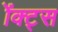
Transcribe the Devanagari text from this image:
ॲक्ट्स